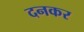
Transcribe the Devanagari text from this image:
दनकर